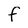
Character: f